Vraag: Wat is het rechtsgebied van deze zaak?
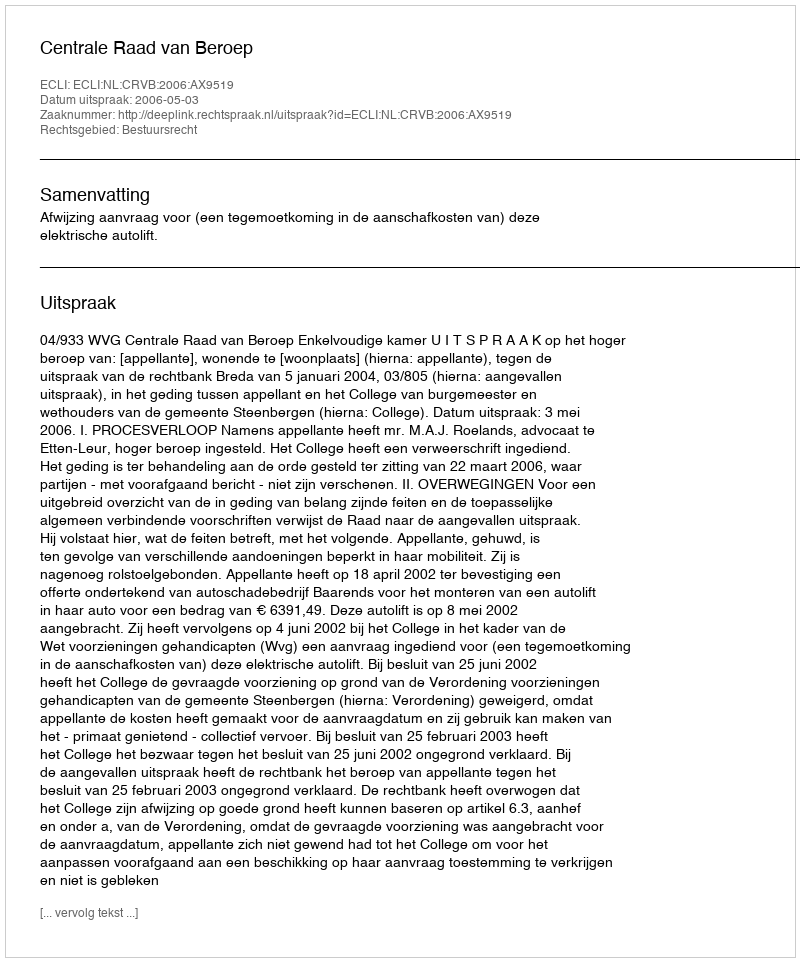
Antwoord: Bestuursrecht